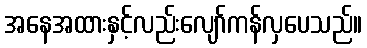
အနေအထားနှင့်လည်းလျော်ကန်လှပေသည်။